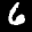
Label: 6